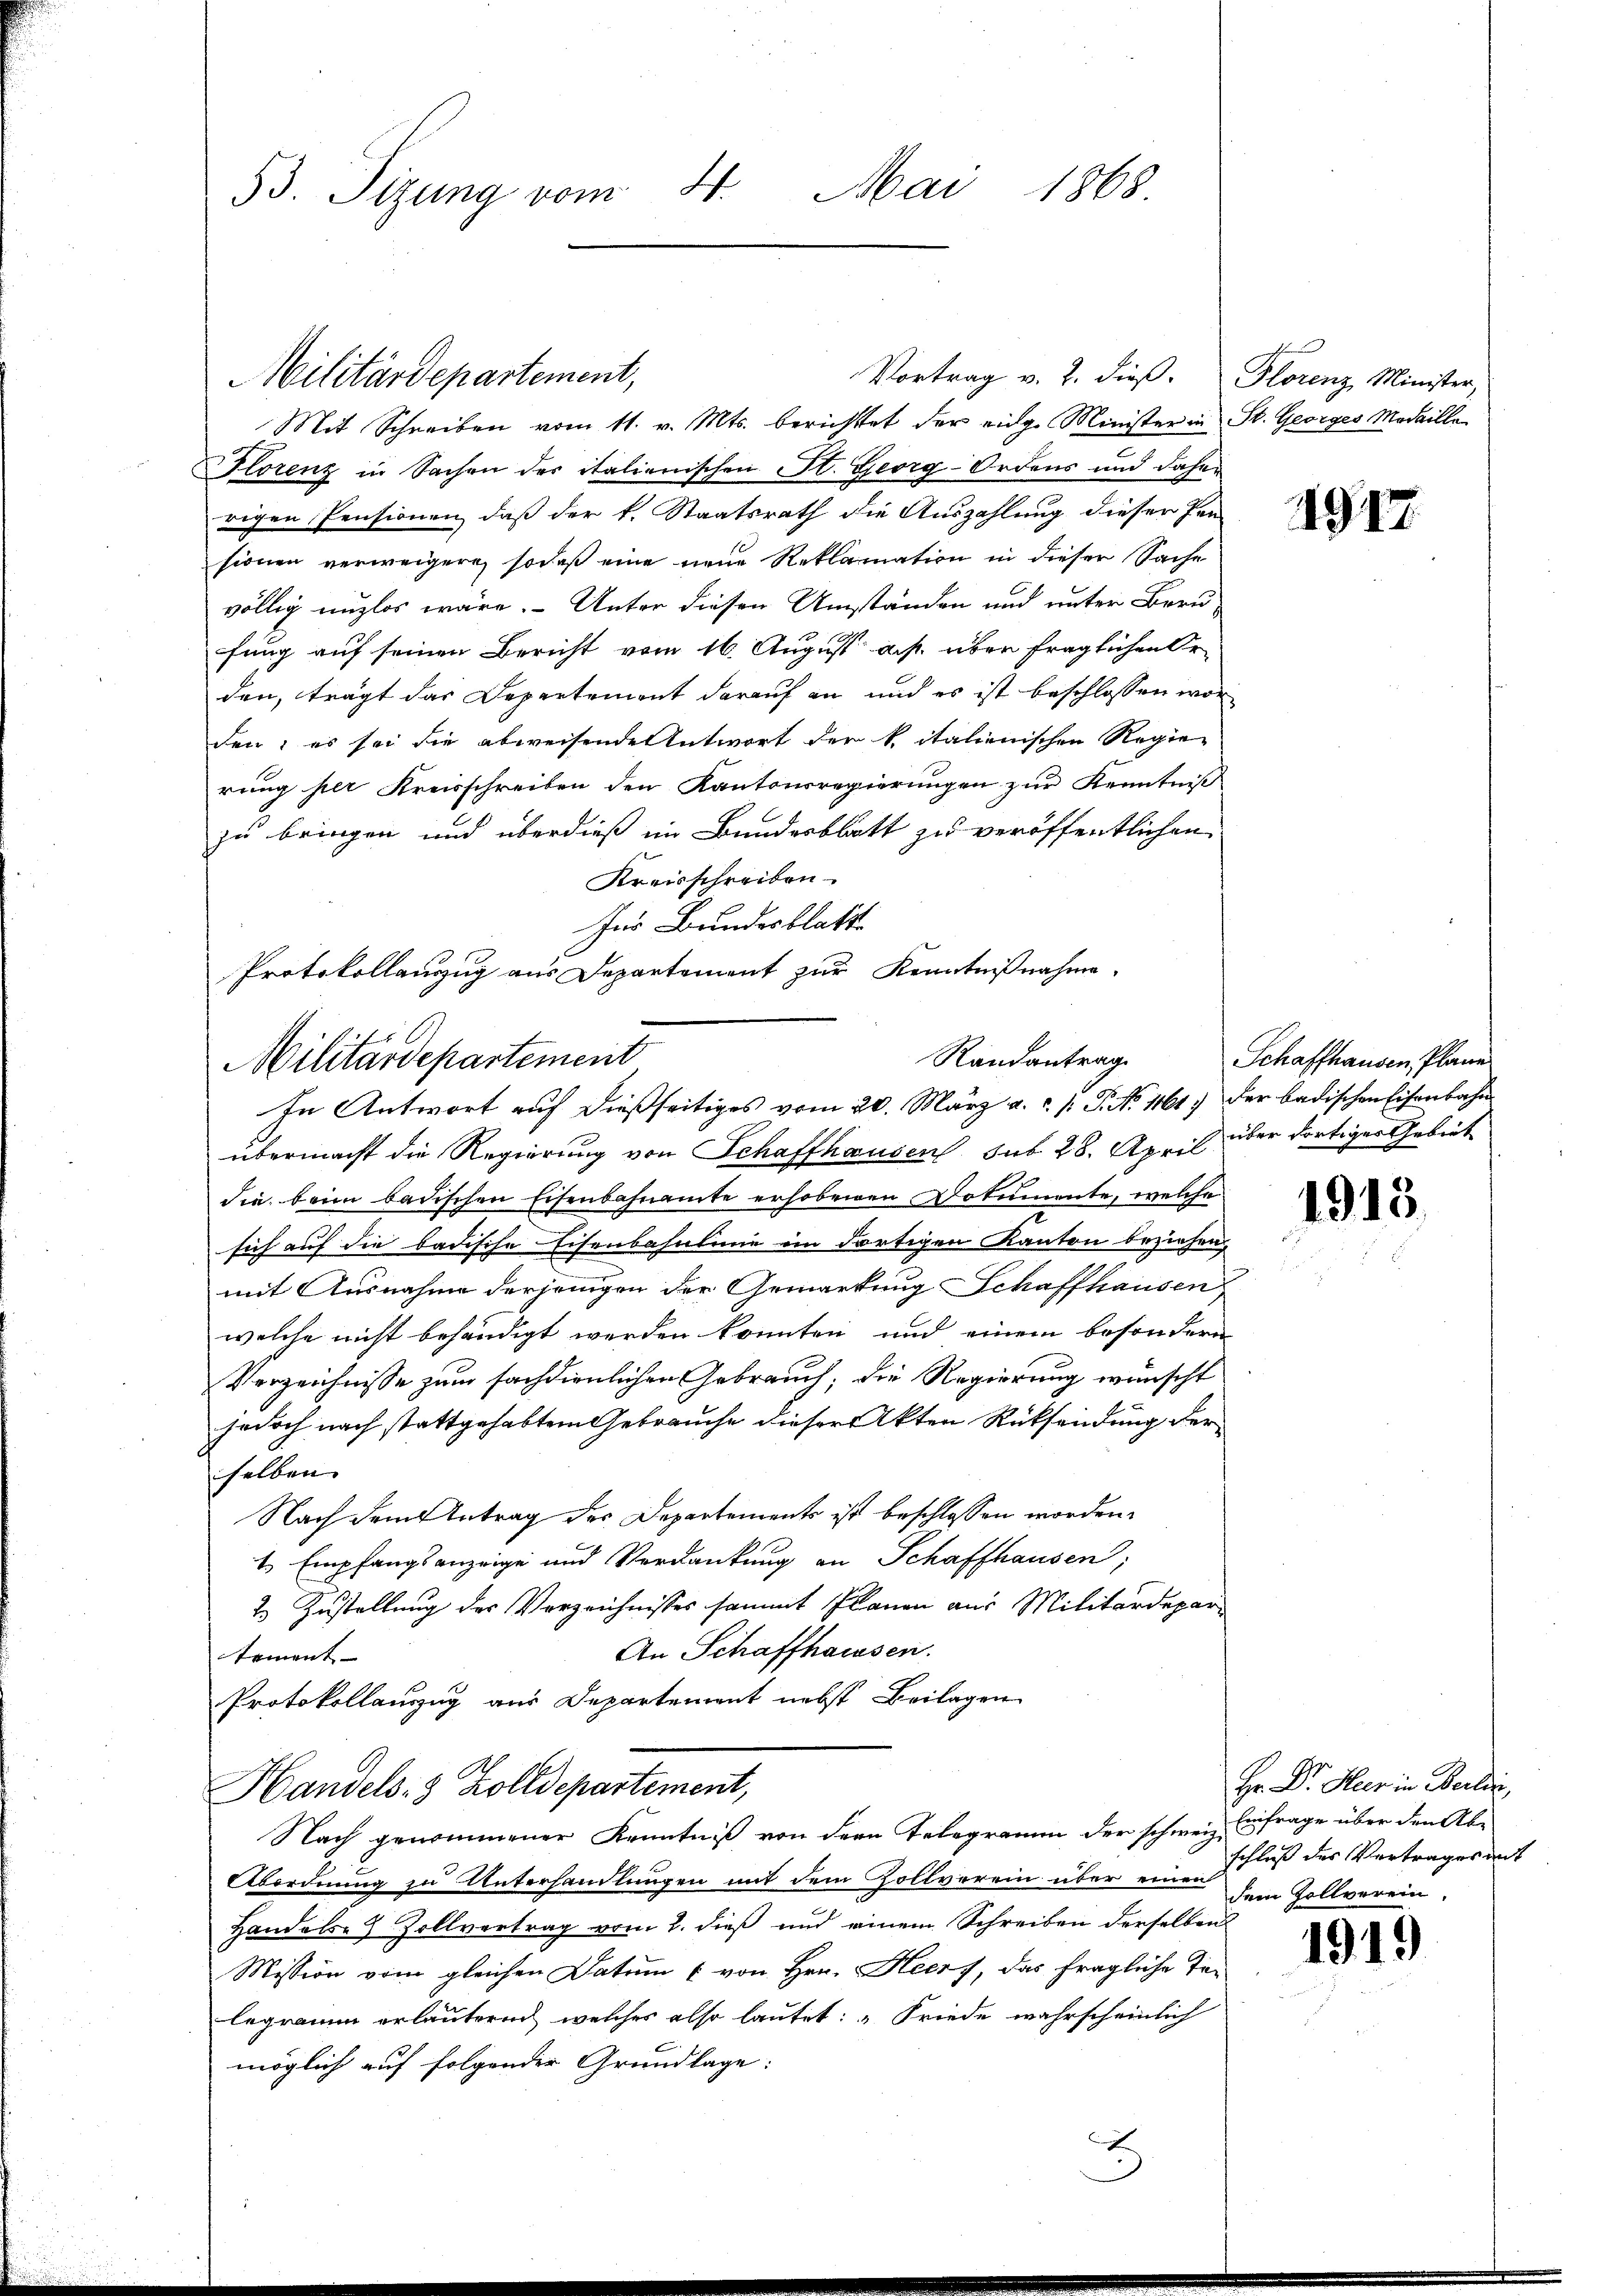
53. Sizung vom 4. Mai 1868.

Vortrag v. 2. dieß. Florenz Minister,
Mit Schreiben vom 11. v. Mts. berichtet der eige Minister in St. Georges Medaille
Florenz in Sachen der italienischen St. Georg-Ordens und daher
rigen Pensionen, daß der k. Staatsrath die Auszahlung dieser Pen
sionen verweigern, sodaß eine neue Reklamation in dieser Sache
völlig unzlos wäre. Unter diesen Umständen und unter Berufung auf seinen Bericht vom 16. August a. p. über fraglichen Orden, trägt das Departement darauf an und es ist beschlossen worden; es sei die abweisende Antwort der k italienischen Regierung per Kreisschreiben den Kantonsregierungen zur Kenntniß
zu bringen und überdieß im Bundesblatt zu veröffentlichen
Kreisschreiben
Im Bundesblatt
Protokollauszug aus Departement zur Kenntnißnahme

Militärdepartement,

Randantrag
Militärdepartement
In Antwort auf dießseitiges vom 20. März a. ..  P. No. 461.) Der badischen Eisenbahn

übermacht die Regierung von Schaffhausen sub 28. April über dortiger Gebiet
die beim badischen Eisenbahnamte erhobenen Dokumente, welche
sich auf die badische Eisenbahnlinie ein dortigen Kanton beziehen,
mit Ausnahme derjenigen der Gemarkung Schaffhausen
welche nicht behändigt werden konnten und einem besonderen
Verzeichnisse zum sachdienlichen Gebrauch; die Regierung wünscht
jedoch nach stattgehabtem Gebrauche dieser Akten Rücksendung der
selben.
Nach dem Antrag des Departements ist beschlossen worden.
1 Empfangsanzeige und Verdankung an Schaffhausen,
2. Zustellung des Verzeichnisses sammt Planen aus Militärdepar-
An Schaffhausen.
tement- |
Protokollauszug aus Departement nebst Beilagen
Handels: 3 Zolldepartement,
Nach genommener Kenntniß von der Telegramm der schweiz. Einfrage über den Ab-
Abordnung zu Unterhandlungen mit dem Zollverein über ein Schluß des Vertrages mit
Handels 8 Zollvertrag vom 2. dieß und einem Schreiben derselben
Mission vom gleichen Datum & von Hrn. Heers, das fragliche Tilegramm erläutern, welches also lautet: „Friede wahrscheinlich
möglich auf folgender Grundlage:

1917.

Schaffhausen, Plane

1913.

Hr. Dr. Heer in Berli
dem Zollverein.

1919